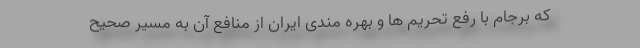
که برجام با رفع تحریم ها و بهره مندی ایران از منافع آن به مسیر صحیح